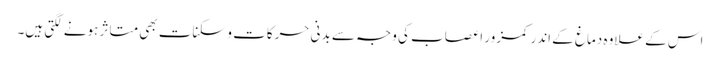
اس کے علاوہ دماغ کے اندر کمزور اعصاب کی وجہ سے بدنی حرکات و سکنات بھی متاثر ہونے لگتی ہیں۔